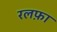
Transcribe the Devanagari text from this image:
रलफ़ा